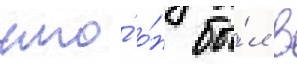
что́ о́н бы́л в